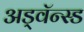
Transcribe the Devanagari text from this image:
अड्वॅन्स्ड